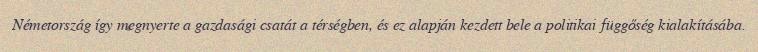
Németország így megnyerte a gazdasági csatát a térségben, és ez alapján kezdett bele a politikai függőség kialakításába.